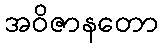
အဝိဇာနတော